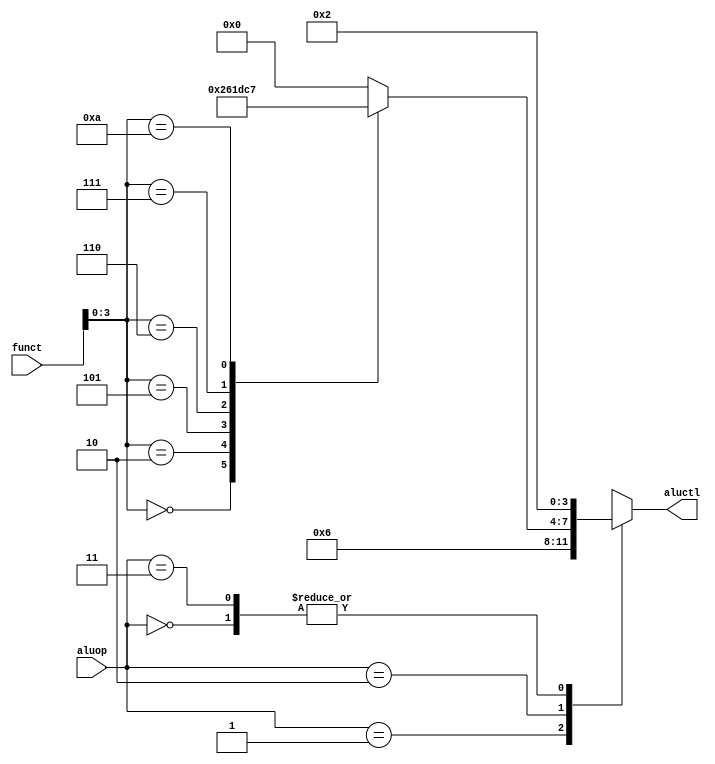
`ifndef _alu_control
`define _alu_control

module alu_control(
		input wire [5:0] funct,
		input wire [1:0] aluop,
		output reg [3:0] aluctl);

	reg [3:0] _funct;

	always @(*) begin
		case(funct[3:0])
			4'd0:  _funct = 4'd2;	/* add */
			4'd2:  _funct = 4'd6;	/* sub */
			4'd5:  _funct = 4'd1;	/* or */
			4'd6:  _funct = 4'd13;	/* xor */
			4'd7:  _funct = 4'd12;	/* nor */
			4'd10: _funct = 4'd7;	/* slt */
			default: _funct = 4'd0;
		endcase
	end

	always @(*) begin
		case(aluop)
			2'd0: aluctl = 4'd2;	/* add */
			2'd1: aluctl = 4'd6;	/* sub */
			2'd2: aluctl = _funct;
			2'd3: aluctl = 4'd2;	/* add */
			default: aluctl = 0;
		endcase
	end

endmodule

`endif